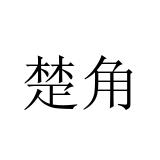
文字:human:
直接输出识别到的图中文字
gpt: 楚角